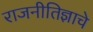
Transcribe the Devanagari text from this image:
राजनीतिज्ञाचे